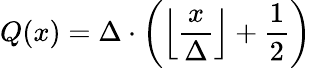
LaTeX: Q(x)=\Delta\cdot\left(\left\lfloor{\frac{x}{\Delta}}\right\rfloor+{\frac{1}{2}}\right)